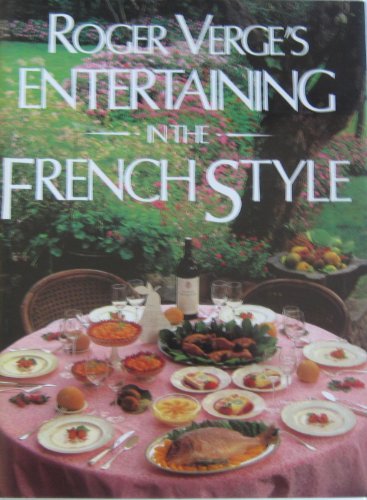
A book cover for Roger Verge's Entertaining in the French Style; Roger Verge; Cookbooks, Food & Wine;